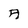
Character: A